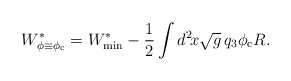
\begin{align*}W^*_{\phi \equiv \phi_{\rm c}} = W^*_{\rm min} - \frac{1}{2} \int d^2\!x \sqrt{g}\, q_3 \phi_{\rm c} R.\end{align*}